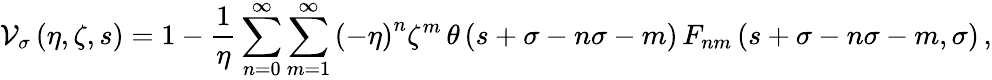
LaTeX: {\cal V}_{\sigma}\left(\eta,\zeta,s\right)=1-\frac{1}{\eta}\sum_{n=0}^{\infty}\sum_{m=1}^{\infty}\left(-\eta\right)^{n}\zeta^{m}\, \theta\left(s+\sigma-n\sigma-m\right)\, F_{nm}\left(s+\sigma-n\sigma-m,\sigma\right)\, ,